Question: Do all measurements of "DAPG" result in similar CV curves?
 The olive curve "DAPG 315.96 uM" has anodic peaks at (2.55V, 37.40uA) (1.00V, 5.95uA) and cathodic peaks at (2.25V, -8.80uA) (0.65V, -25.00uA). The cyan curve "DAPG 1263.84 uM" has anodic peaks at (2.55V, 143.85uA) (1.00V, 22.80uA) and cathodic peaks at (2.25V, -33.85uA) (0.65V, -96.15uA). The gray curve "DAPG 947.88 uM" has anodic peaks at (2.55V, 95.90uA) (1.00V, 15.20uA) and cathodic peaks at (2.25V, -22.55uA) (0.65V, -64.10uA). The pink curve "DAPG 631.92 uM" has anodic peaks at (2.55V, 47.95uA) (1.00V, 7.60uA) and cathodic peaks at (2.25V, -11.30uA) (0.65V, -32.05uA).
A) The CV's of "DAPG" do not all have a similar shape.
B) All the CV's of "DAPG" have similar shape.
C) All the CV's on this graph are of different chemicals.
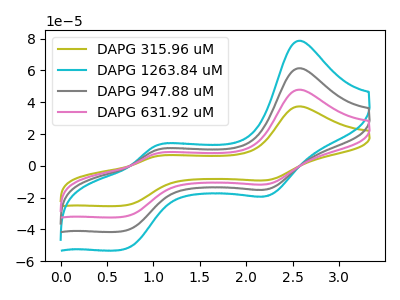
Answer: <think>All the peaks in "DAPG 315.96 uM" have a peak in "DAPG 1263.84 uM" at the same potential. Every peak in "DAPG 315.96 uM" is lower than every peak in "DAPG 1263.84 uM". All the peaks in "DAPG 315.96 uM" have a peak in "DAPG 947.88 uM" at the same potential. Every peak in "DAPG 315.96 uM" is lower than every peak in "DAPG 947.88 uM". All the peaks in "DAPG 315.96 uM" have a peak in "DAPG 631.92 uM" at the same potential. Every peak in "DAPG 315.96 uM" is lower than every peak in "DAPG 631.92 uM". All the peaks in "DAPG 1263.84 uM" have a peak in "DAPG 947.88 uM" at the same potential. Every peak in "DAPG 1263.84 uM" is higher than every peak in "DAPG 947.88 uM". All the peaks in "DAPG 1263.84 uM" have a peak in "DAPG 631.92 uM" at the same potential. Every peak in "DAPG 1263.84 uM" is higher than every peak in "DAPG 631.92 uM". All the peaks in "DAPG 947.88 uM" have a peak in "DAPG 631.92 uM" at the same potential. Every peak in "DAPG 947.88 uM" is higher than every peak in "DAPG 631.92 uM".
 </think>
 <answer>B) All the CV's of "DAPG" have similar shape.</answer>
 <eval>B</eval>